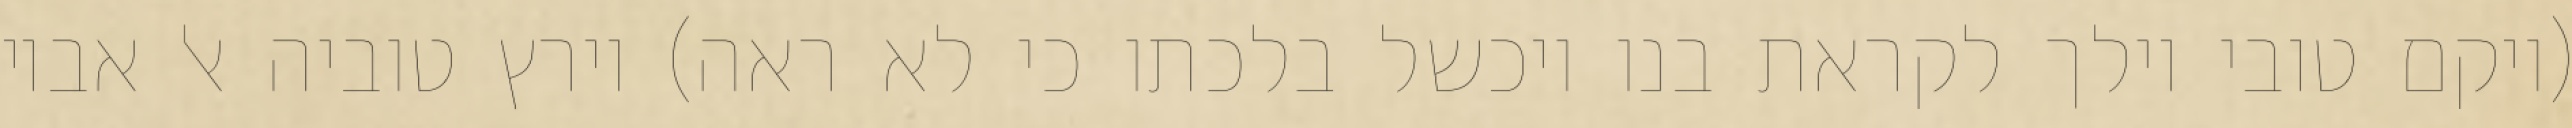
(ויקם טובי וילך לקראת בנו ויכשל בלכתו כי לא ראה) וירץ טוביה אל אביו